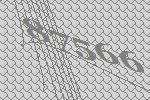
87566